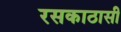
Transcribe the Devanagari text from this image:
रसकाठासी